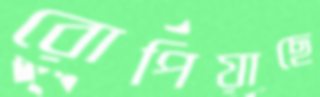
রোপিয়াছে